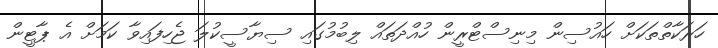
ހަރަކާތްތަކަށް ހައުސިން މިނިސްޓްރީން ހުއްދަތައް ލިބުމުގައި ސިޔާސީކުލަ ޖެހިފައިވާ ކަމަށް އެ ޕާޓީން